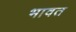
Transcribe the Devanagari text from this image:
भावत